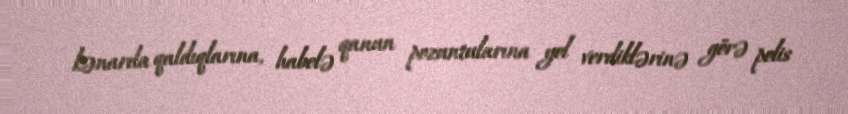
kənarda qaldıqlarına, habelə qanun pozuntularına yol verdiklərinə görə polis